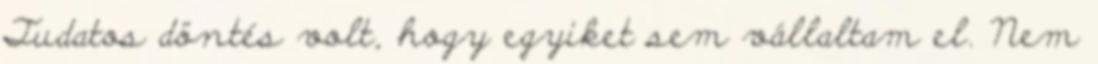
Tudatos döntés volt, hogy egyiket sem vállaltam el. Nem